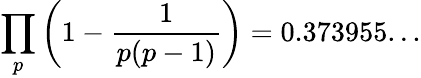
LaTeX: \prod_{p}\left(1-{\frac{1}{p(p-1)}}\right)=0.373955...